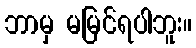
ဘာမှ မမြင်ရပါဘူး။